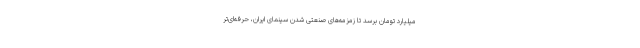
میلیارد تومان برسد تا زمزمه‌های صنعتی شدن سینمای ایران، حرفه‌ای‌تر